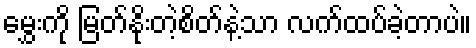
မွှေးကို မြတ်နိုးတဲ့စိတ်နဲ့သာ လက်ထပ်ခဲ့တာပဲ။